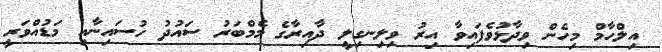
އިލްހާމް މިހެން ވިދާޅުވެފައިވާ އިރު ވިލިނގިލީ ދާއިރާގެ މެމްބަރު ސައުދު ހުސައިނާއި މަޑުއްވަރީ